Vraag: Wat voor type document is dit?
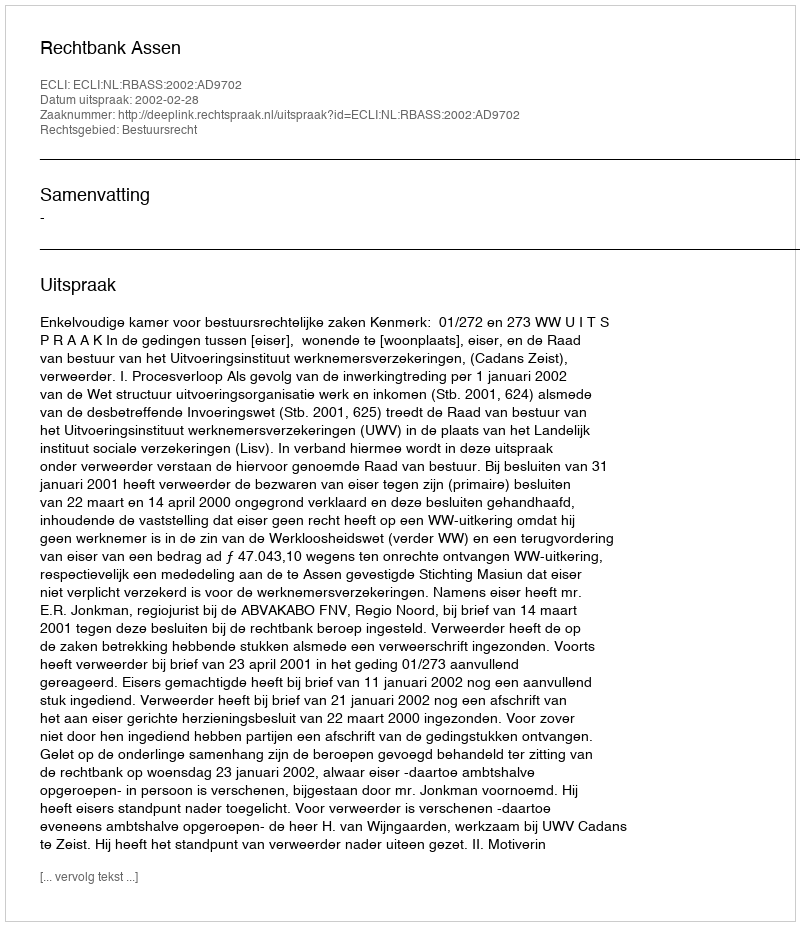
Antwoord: Uitspraak